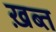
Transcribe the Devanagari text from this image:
ख़ब्त